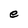
Character: e